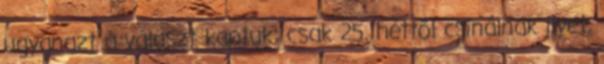
ugyanazt a választ kaptuk: csak 25. héttől csinálnak ilyet.